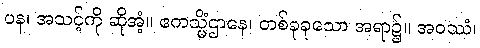
ပန၊ အသင့်ကို ဆိုအံ့။ ဧကသ္မိံဌာနေ၊ တစ်ခုခုသော အရာ၌။ အဝဿံ၊